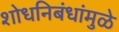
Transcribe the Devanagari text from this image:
शोधनिबंधांमुळे